DOW-UAP-D48, Department of the Air Force Report, 1996
Agency: Department of War
Incident date: 9/10/96
Page 74
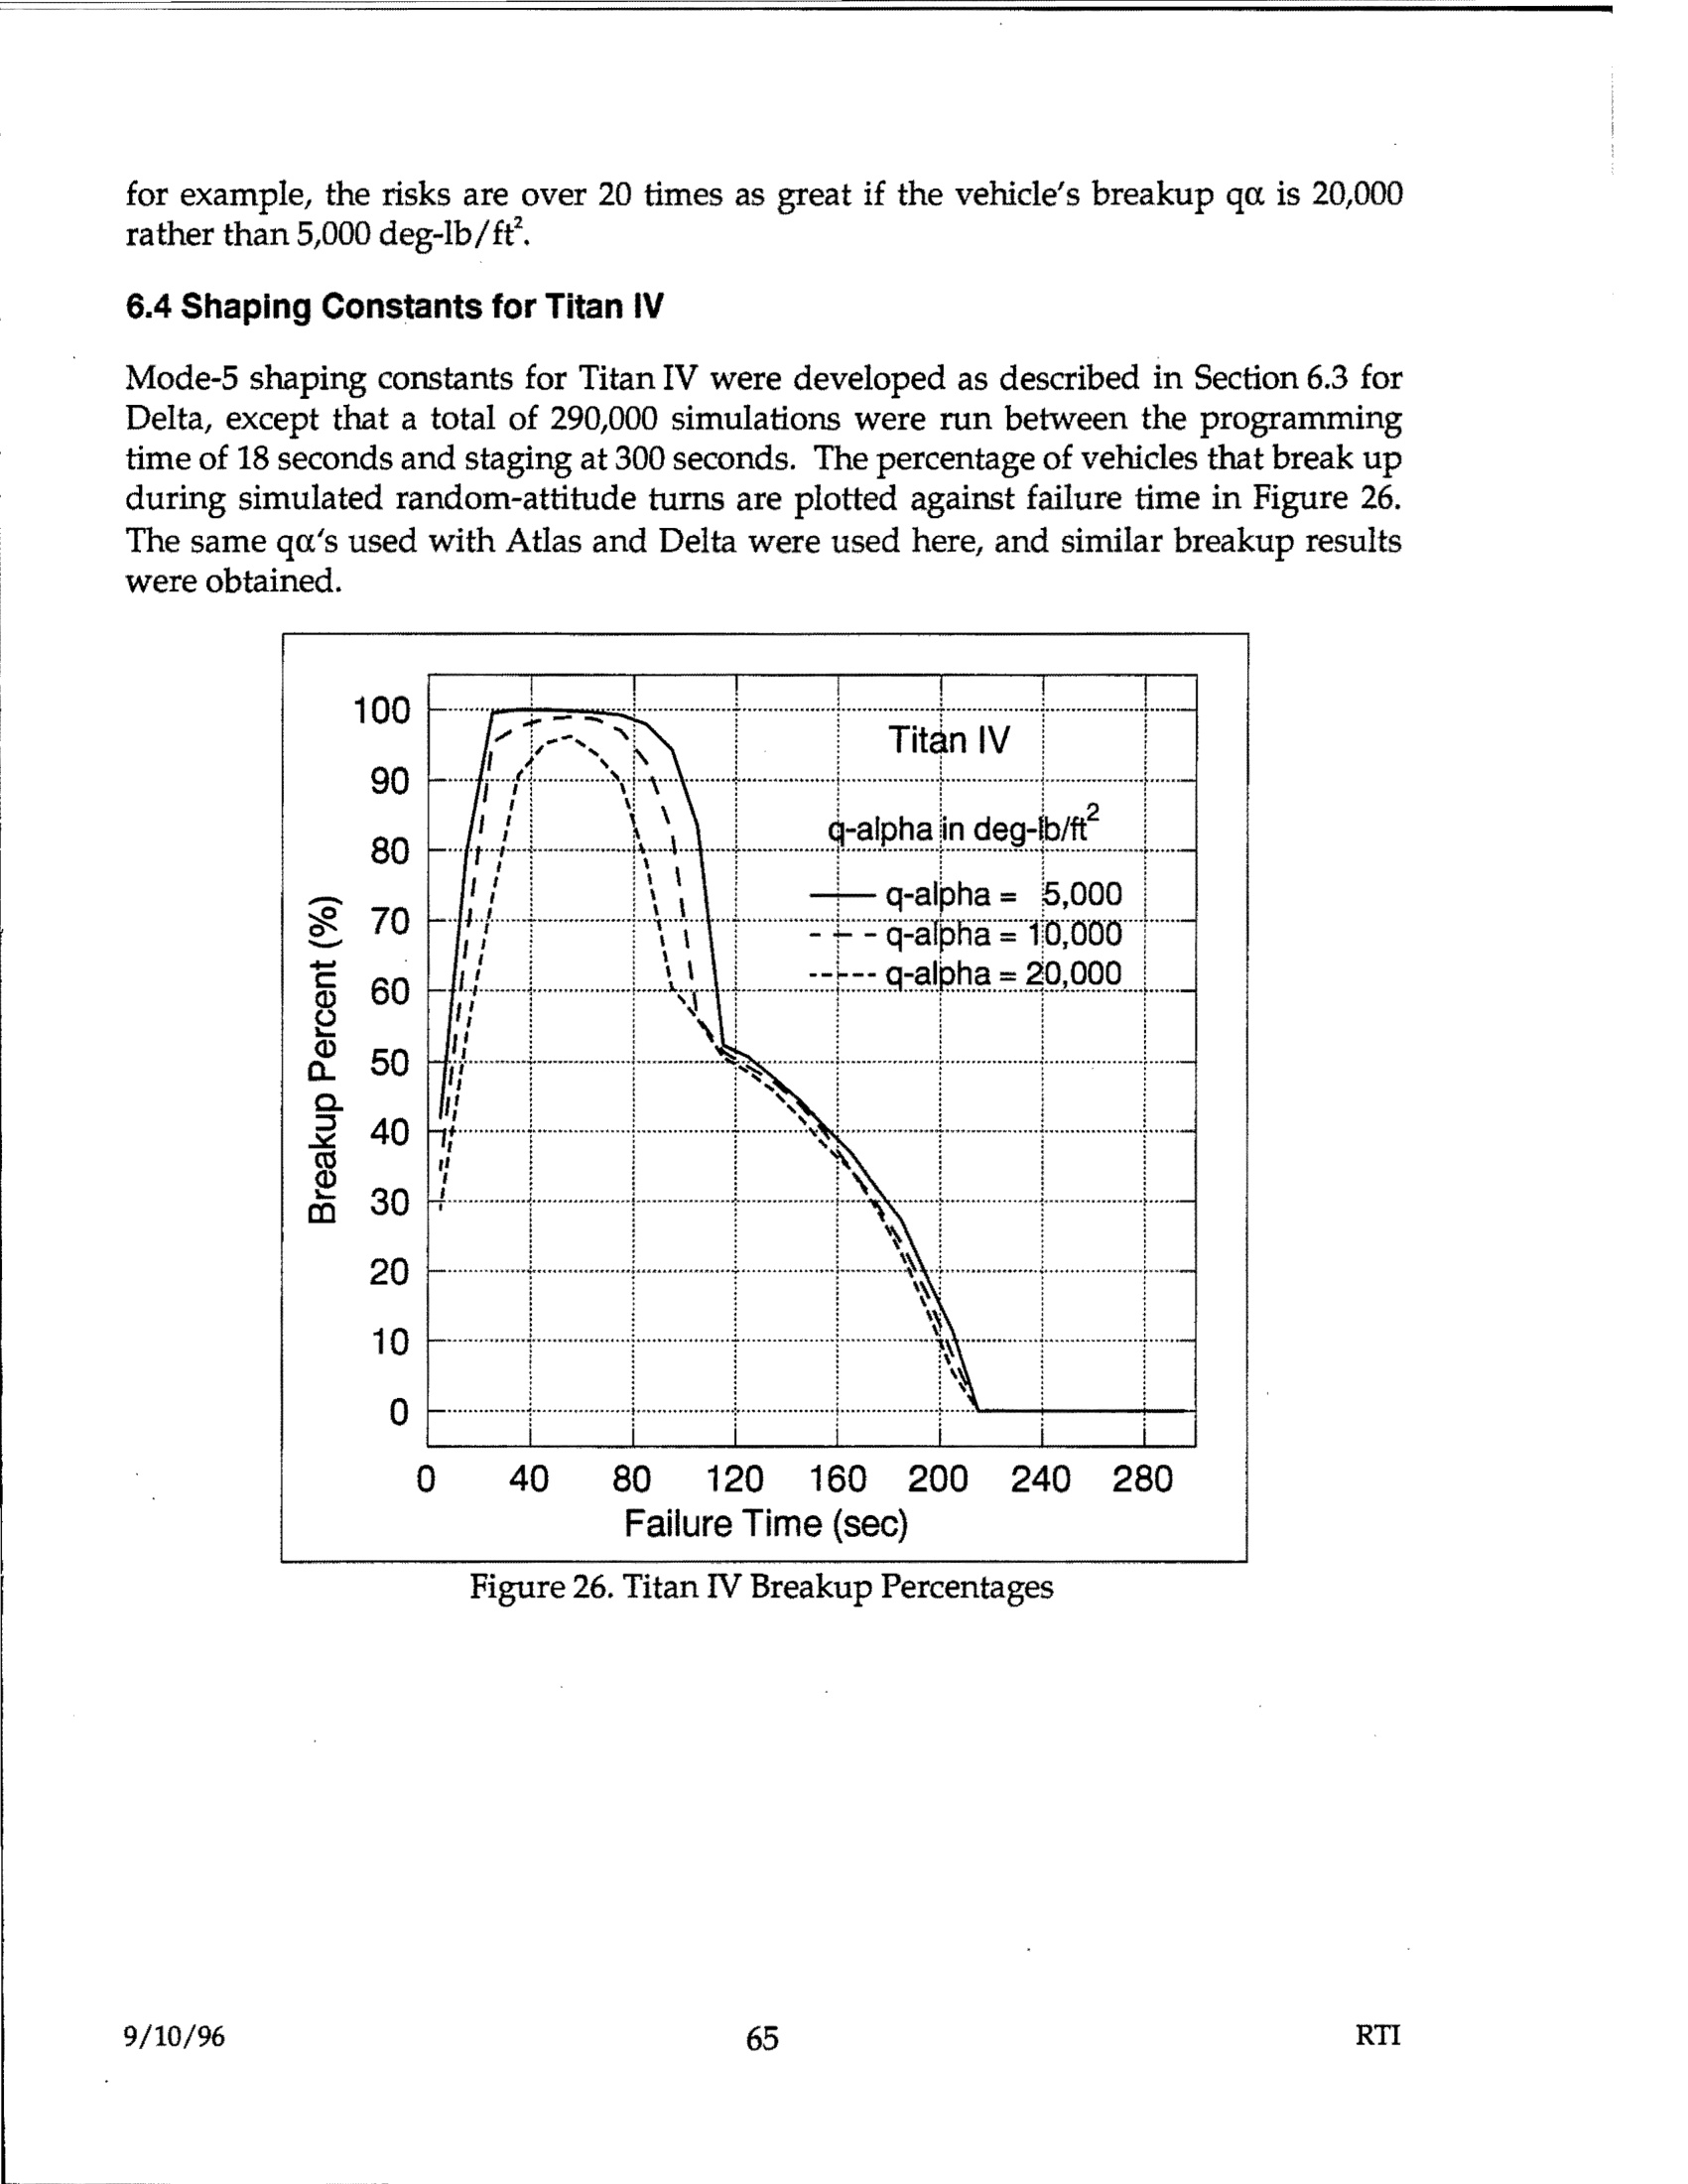